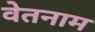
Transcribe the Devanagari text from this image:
वेतनाम